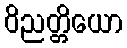
ဝိညတ္တိယော